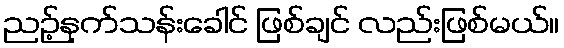
ညဉ့်နက်သန်းခေါင် ဖြစ်ချင် လည်းဖြစ်မယ်။